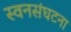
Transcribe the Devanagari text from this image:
स्वनसंघटना